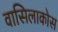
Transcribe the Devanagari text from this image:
वासिलाकोस